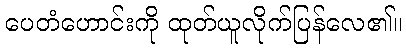
ပေတံဟောင်းကို ထုတ်ယူလိုက်ပြန်လေ၏။